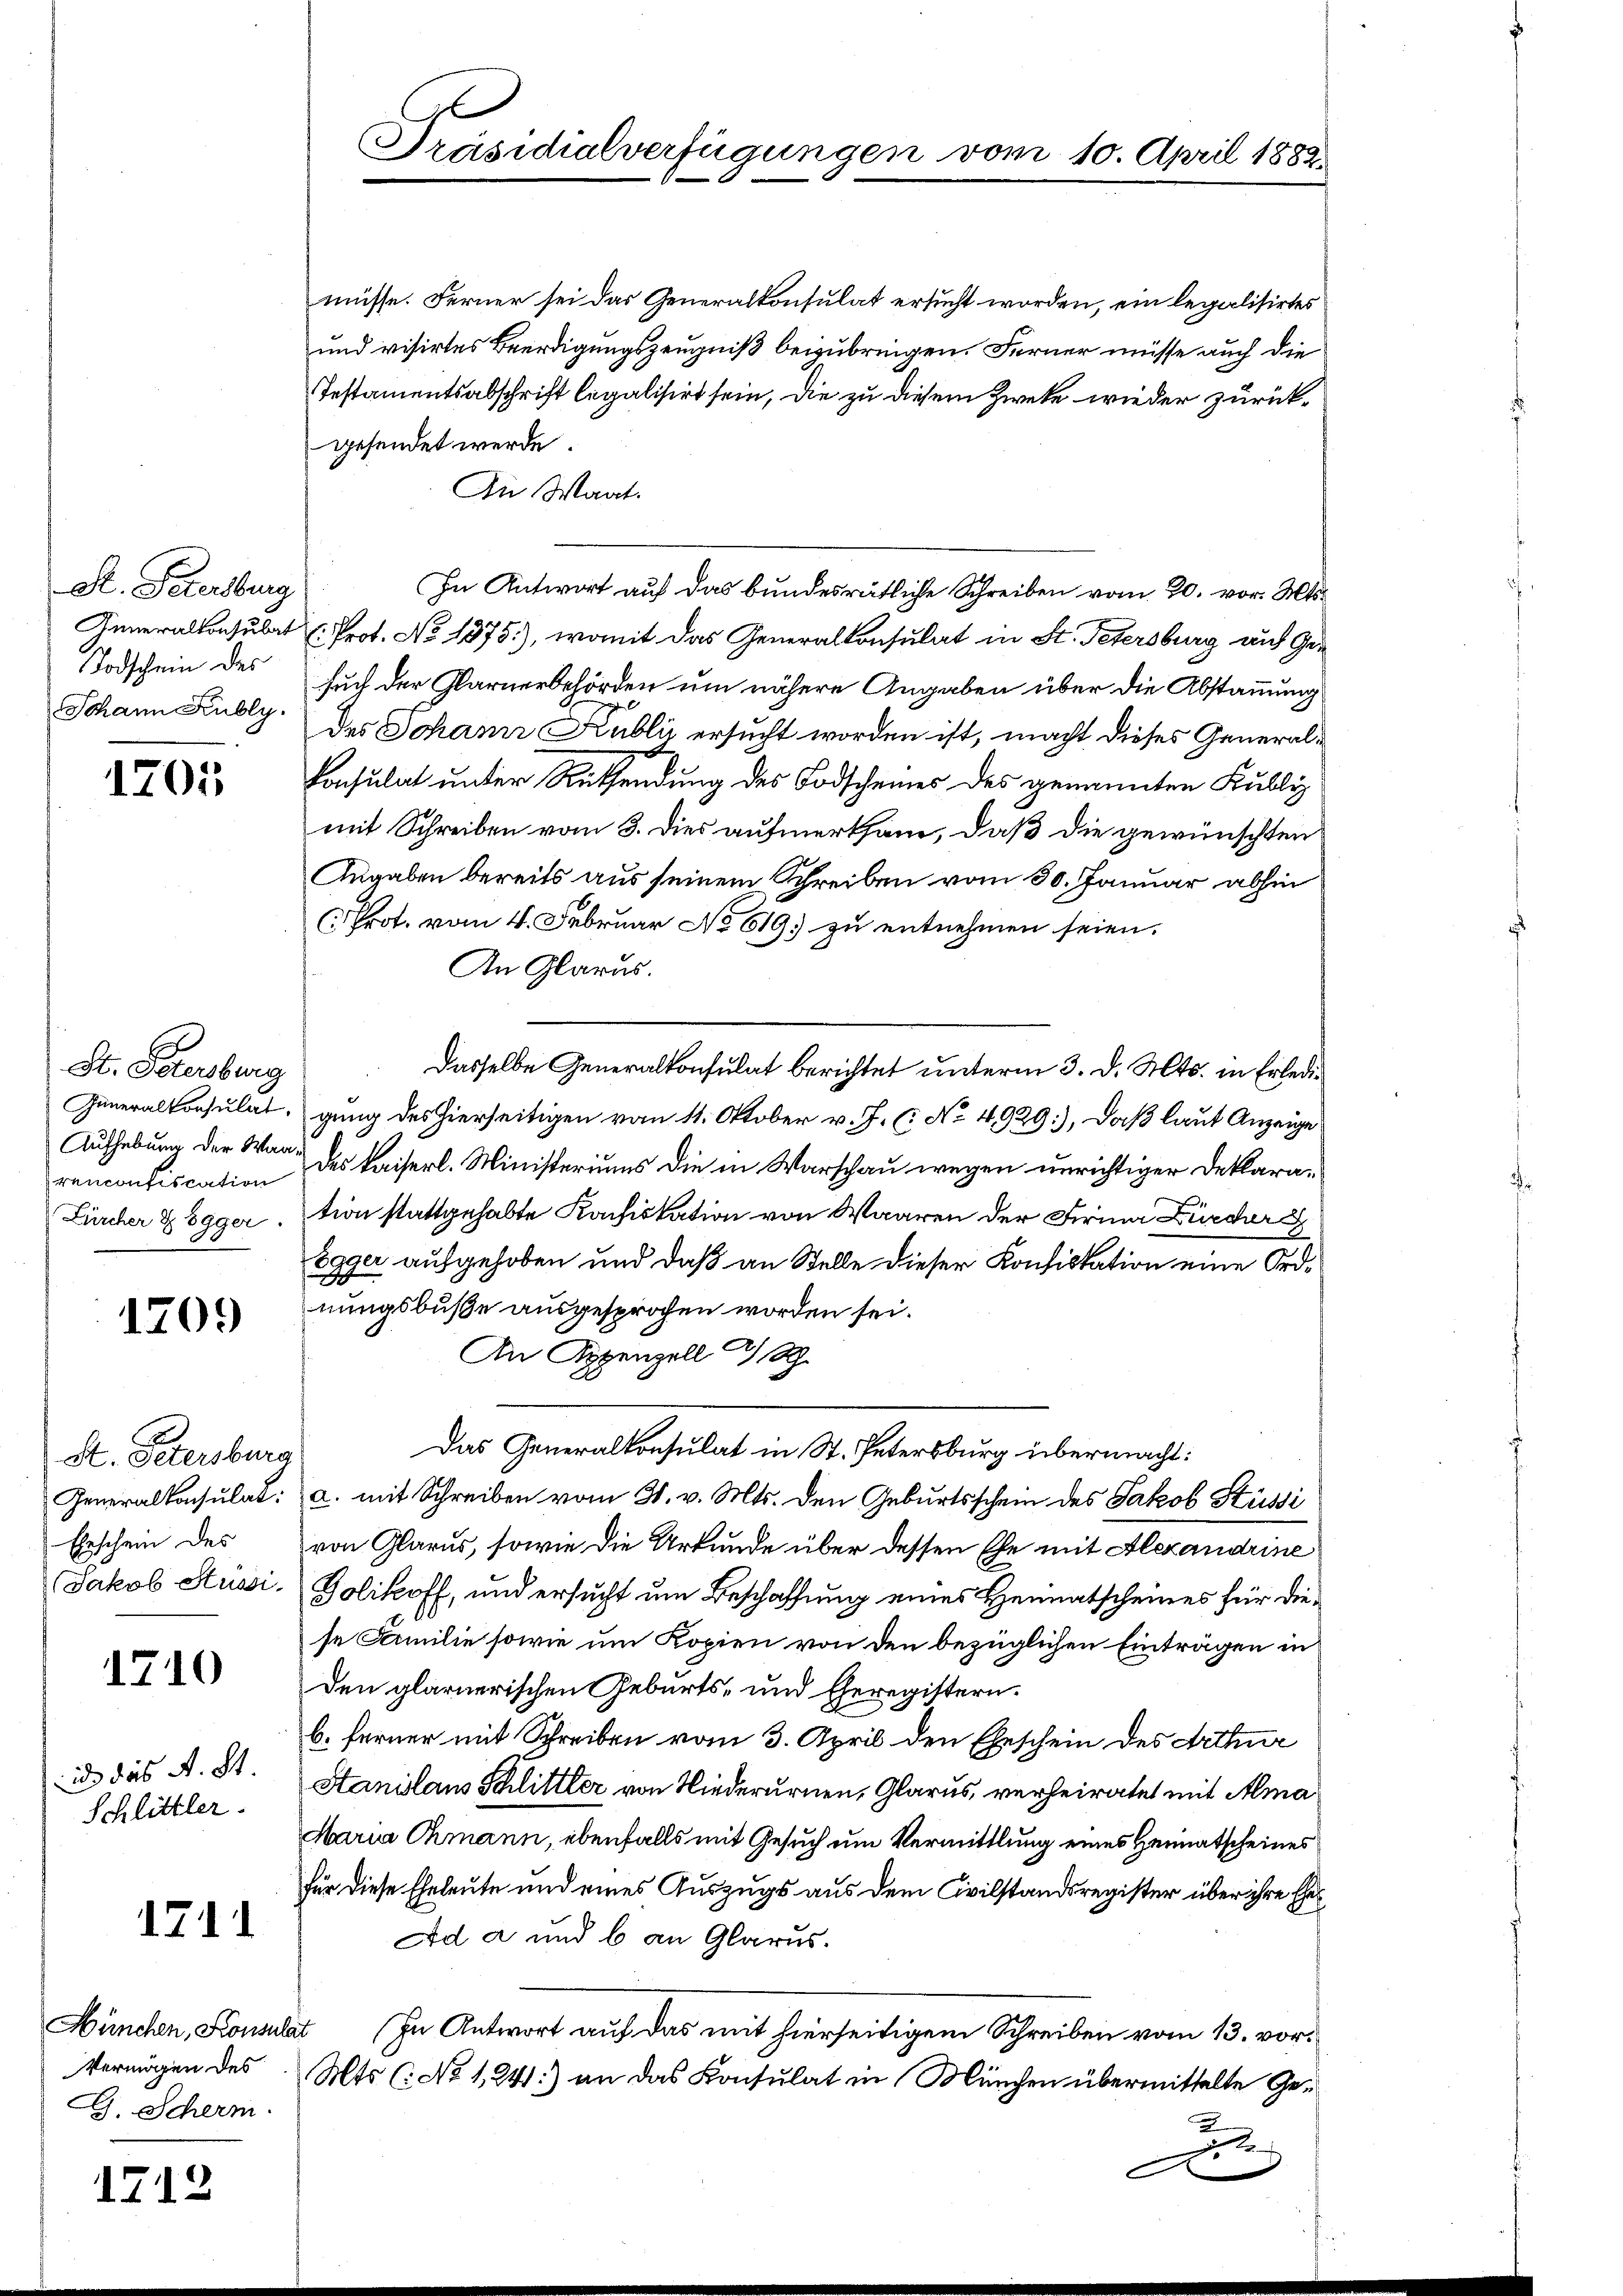
St. Patersburg
Todschein des
Johann Kubly.

1205

St. Patersburg
renconfiscation

1209

H. Petersburg
Ehrschein des

1710

ind das A. St.
Schlittler.

1712

1711

Vermögen des
G. Scherm

müsse. Ferner sei das Generalkonsulat ersucht worden, ein legalisirtes
und visirtes Beerdigungszeugniß beizubringen. Ferner müsse auch die
Testamentsabschrift legalisirt sein, die zu diesem Zweke wieder zurückgesendet werde.
An Wart.
In Antwort auf das bundesrätliche Schreiben vom 20. vor. Mts.
Inneralkonsulat u. Prot. No 1375.), womit das Generalkonsulat in St. Petersburg auf Gesuch der Glarnerbehörden um nähere Angaben über die Abstammung
des Schanz Kublii ersucht worden ist, macht dieses Generalkonsulat unter Ruthendung des Todscheines des genannten Kubliz
mit Schreiben vom 3. dies aufmerksam, daß die gewünschten
Angaben bereits aus seinem Schreiben vom 30. Januar abhin
Prot. vom 4. Februar No 619. zu entnehmen seien.
In Glarus.
Dasselbe Generalkonsulat berichtet unterm 3. d. Mts. in Erledi¬
Generalkonsulat, gung des hierseitigen vom 11. Oktober v. J. (: No 4929), daß laut Anzeige
Aufhebung der War des Kaiserl. Ministeriums die in Warschau wegen unrichtiger Deklara¬
Fürcher & Egger. tion stattgehabte Kachiskation von Waaren der Firma Zürcher G
Egger aufgehoben und daß an Stelle dieser Konfiskation eine Ord¬
u
nungsbuße ausgesprochen worden sei.
An Appenzell I/Rh.
Das Generalkonsulat in St. Petersburg übermacht:
Generalkonsulat: a. mit Schreiben vom 31. v. Mts. den Geburtsschein des Jakob Stüssi
von Glarus, sowie die Urkunde über dessen Ehe mit Alexandrine
Jakob Hüssi. Polikoff, und ersucht um Beschaffung eines Heimatscheines für diese Familie sowie um Kopien von den bezüglichen Einträgen in
den glarnerischen Geburts- und Eheregistern.
b. ferner mit Schreiben vom 3. April den Eheschein des Arthur
Hanislaus Schlittler von Niederurnen, Glarus, verheiratet mit Ama¬
Maria Chmann, ebenfalls mit Gesuch um Vermittlung eines Heimatscheines
für diese Eheleute und eines Auszugs aus dem Civilstandsregister über ihre Ehe¬
Ad a und b an Glarus.
München, Konsulat In Antwort auf das mit hierseitigem Schreiben vom 13. vor¬
Mts (: No 1241:) an das Konsulat in München übermittelte Ge¬
.

Präsidialverfügungen vom 10. April 1882.

E